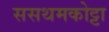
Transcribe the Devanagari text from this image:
ससथमकोट्टा